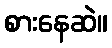
စားနေဆဲ။